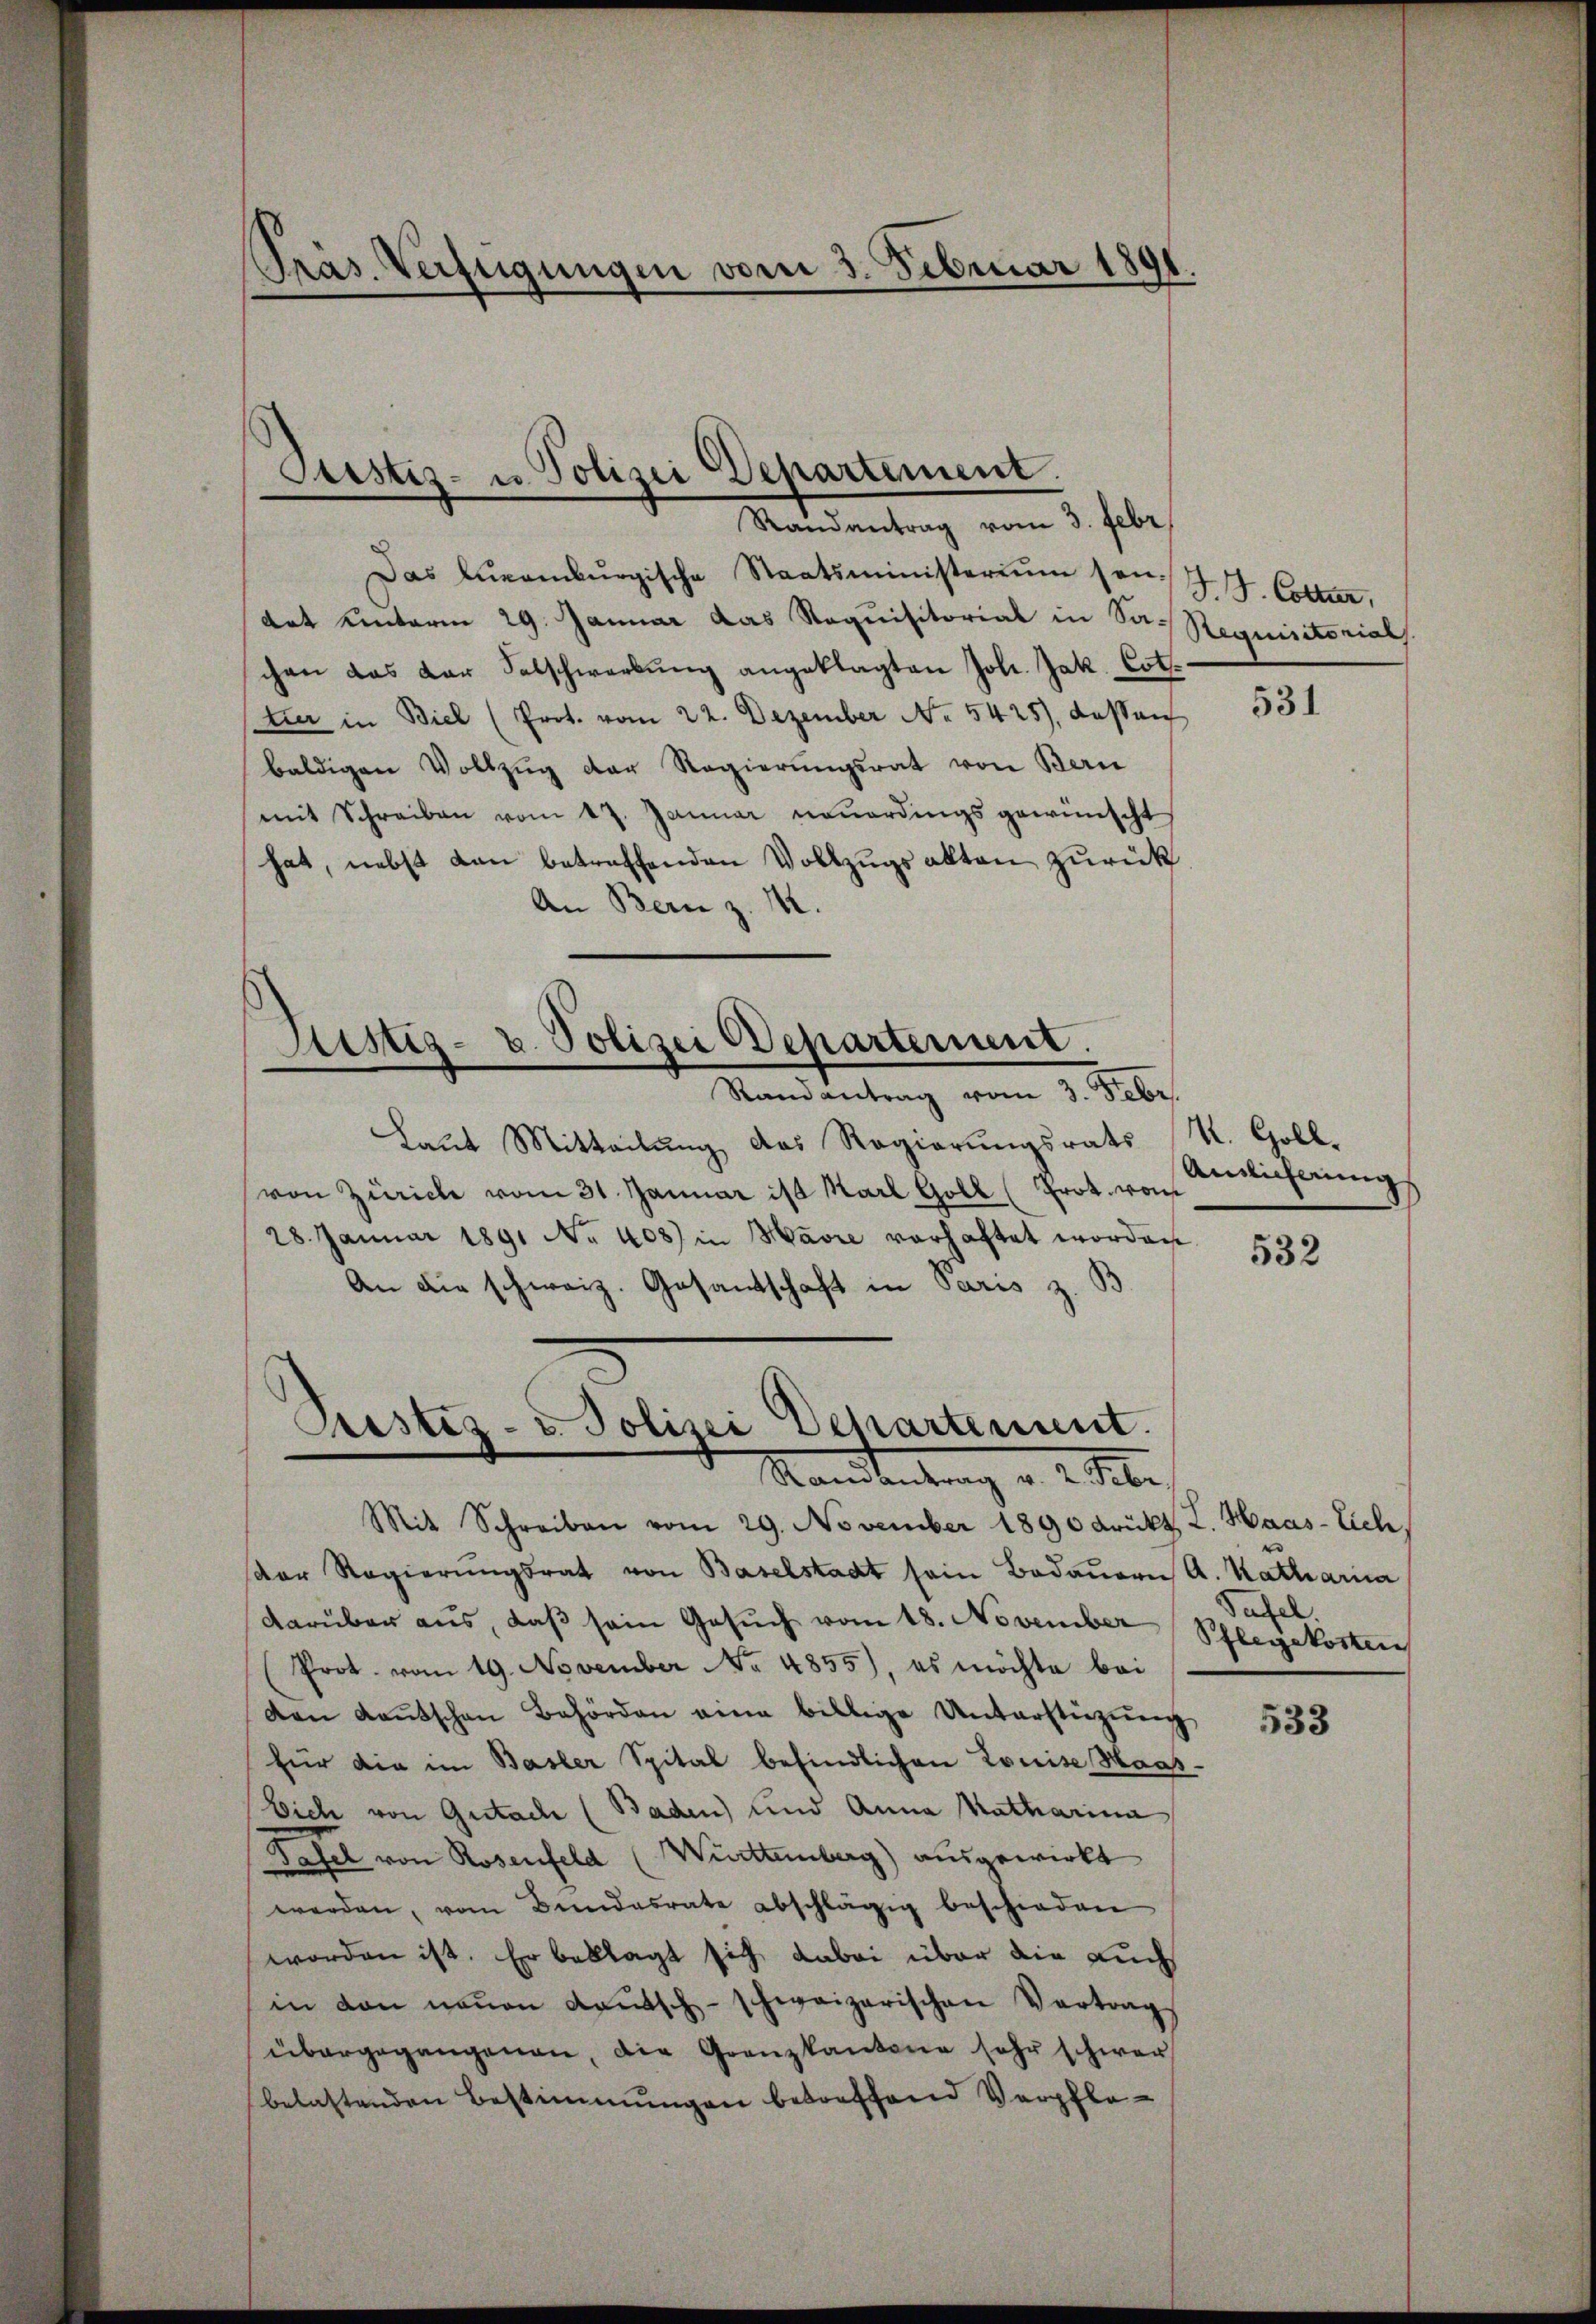
Präs. Verfügungen vom 3. Februar 1891.
p

Das Euernburgische Staatsministerium sei.
dat unterm 29. Januar das Requisitorial in Sachen das Dar Salschwerbŭng angeklagten Joh. Jak. Cot.
tier in Biel (Prot. vom 22. Dezember No. 5425), dessen
baldigen Vollzŭg der Regierŭngsrat von Bern
mit Schreiben vom 17. Januar neuerdings gewünscht
hat, nebst dan betreffenden Vollzugs alten zurück
An Bern z. M.

Justiz- u Polizei Departement.
Randantrag vom 3. Febr.

Justiz- u. Polizei Departement.
Randantrag vom 3. Febr.

Pustiz- & Polizei Departement.
Sandbeutung v. 2. Sie

Laut Mitteilung das Regierungsrats K. Gollvon Zürich vom 31. Januar ist Karl Goll (Prot. von
28. Januar 1891 No 408) in Havre vorhaftet worden
An die schweiz. Gesantschaft in Paris z. B.
Mit Schreiben vom 29. November 1890 Krückt. I. Haas-Eich
der Regierŭngsrat von Baselstadt sein Bedauern A. Katharina
darüber aus, daβ sein Gesŭch vom 18. November Schlegekoster
Prot. vom 19. November No. 4855), es möchte bei
den Kantschen Behörden eine billige Unterstüzŭng
für die im Basler Spital befindlichen Louise Maas¬
Eich von Gutach (Baden) und Anna Katharina
Tafel von Rosenfeld (Württemberg) ausgewirkt
werden, vom Bundesrate abschlägig beschieden
worden ist. Er beklagt sich dabei über die Buchin den neŭen Kautsch-schweizerischen Vertrag
übergegangenen, die Grenzkantone sehr schwer
belastenden Bestimmungen betreffend Verpfle¬

J. J. Coller,
Requisitorials.

531

Auslieferung

532

Tafel.

533